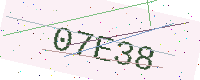
Text: 07E38